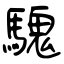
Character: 騩